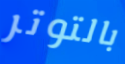
بالتوتر